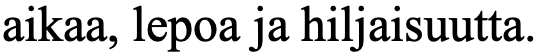
aikaa, lepoa ja hiljaisuutta.